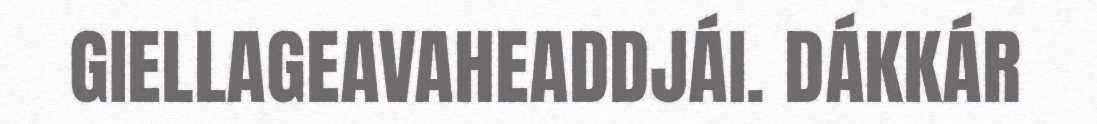
GIELLAGEAVAHEADDJÁI. DÁKKÁR